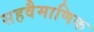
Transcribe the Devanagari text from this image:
सहवैमाणिक